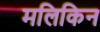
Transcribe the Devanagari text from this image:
मलिकिन